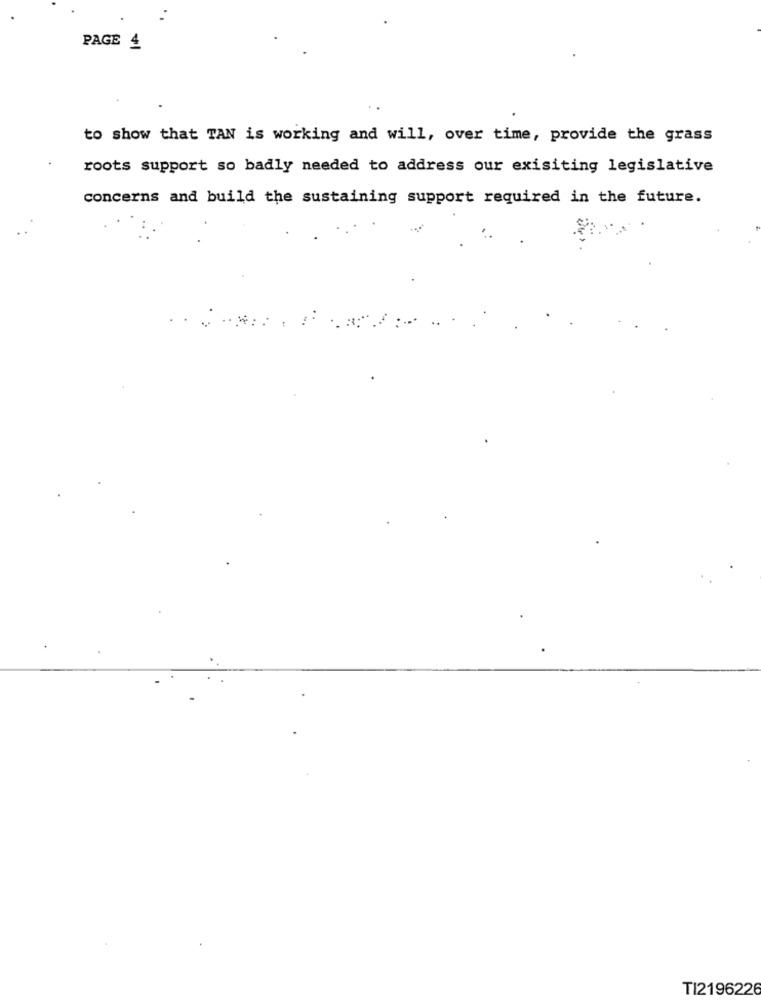
PAGE 4
to show that TAN is working and will, over time, provide the grass
roots support so badly needed to address our exisiting legislative
concerns and build the sustaining support required in the future.
TI2196226